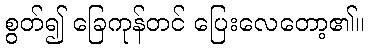
စွတ်၍ ခြေကုန်တင် ပြေးလေတော့၏။